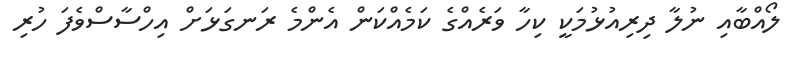
ލޯއްބާއި ނުލާ ދިރިއުޅުމަކީ ކިހާ ވަރެއްގެ ކަމެއްކަން އެންމެ ރަނގަޅަށް އިހްސާސްވެފަ ހުރި